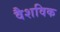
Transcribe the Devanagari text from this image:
वैशविक